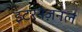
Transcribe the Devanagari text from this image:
इंटरनेज़नल